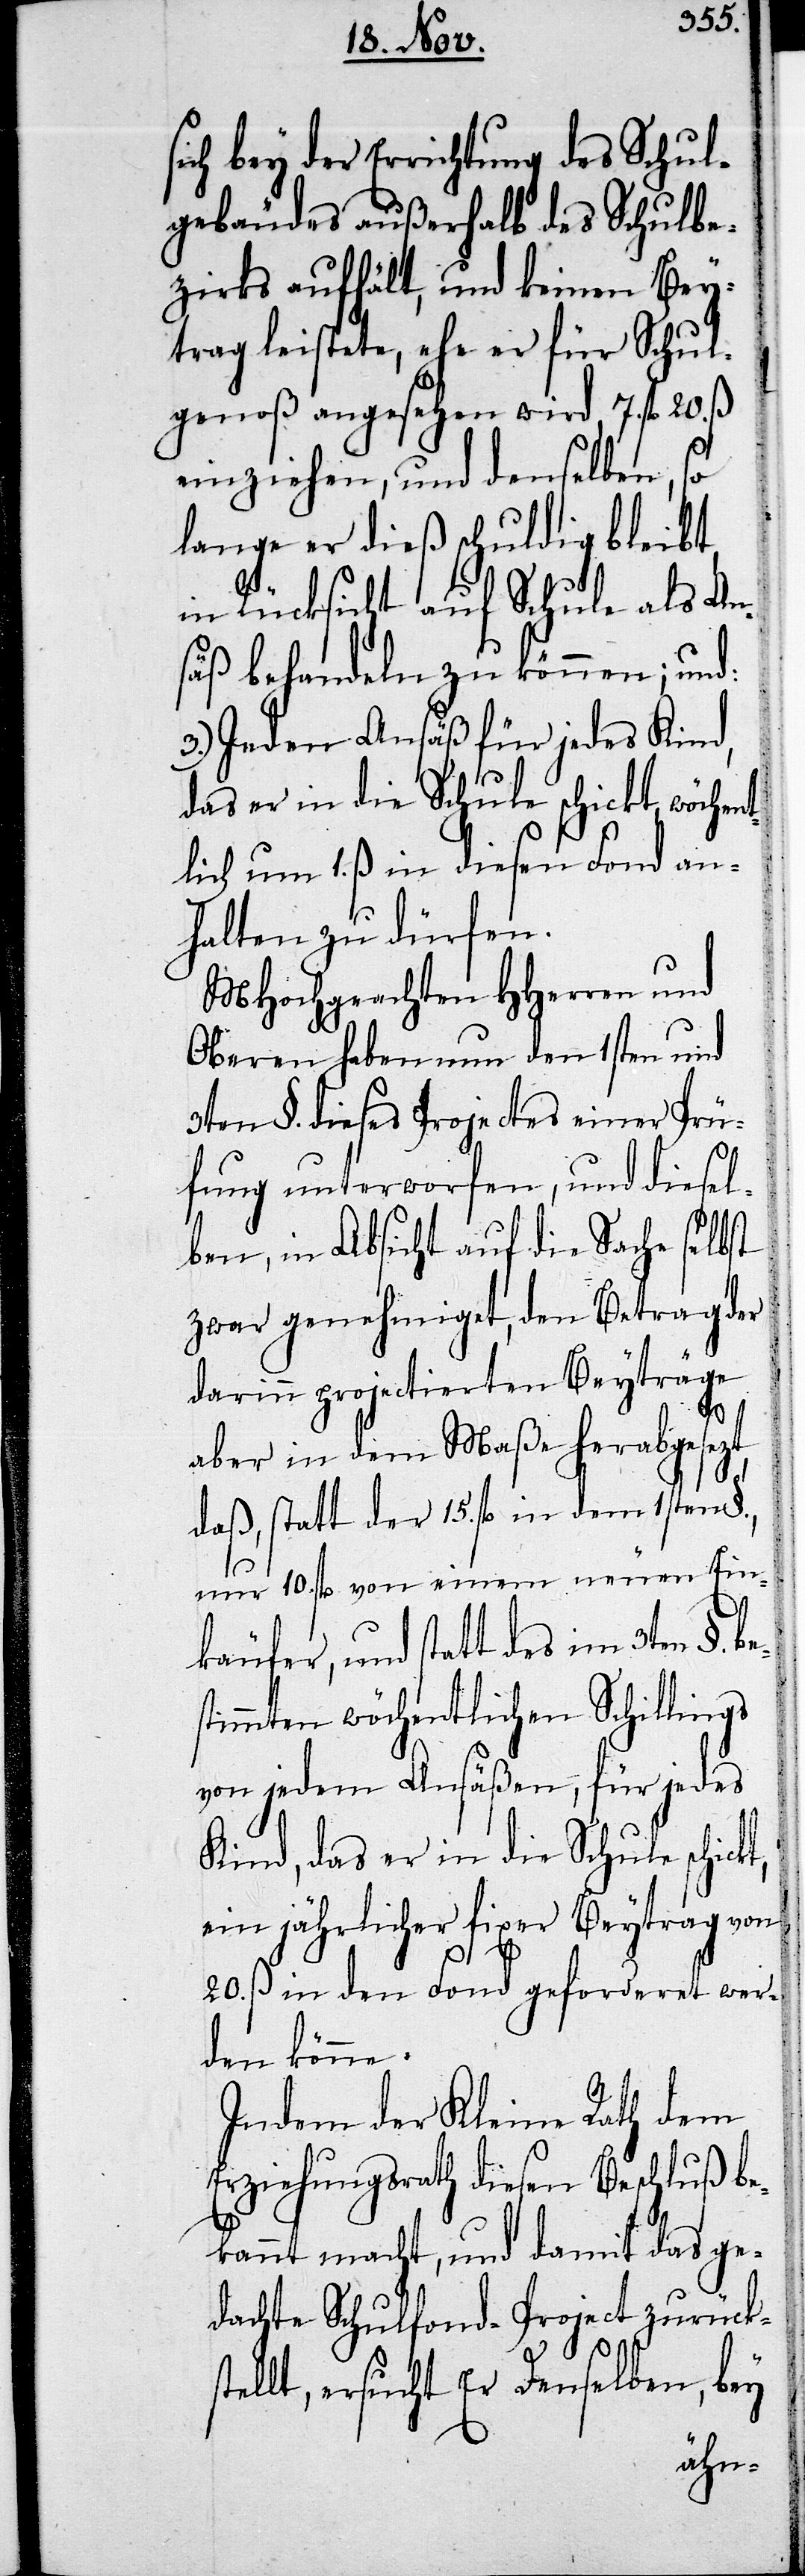
sich bey der Errichtung des Schul¬
gebäudes außerhalb des Schulbe¬
zirks aufhält, und keinen Bey¬
trag leistete, ehe er für Schul¬
genoß angesehen wird, 7. fl.
einziehen, und denselben, so
lange er dieß schuldig bleibt,
in Rücksicht auf Schule als An¬
säß behandeln zu können; und:
3.) Jeden Ansäß für jedes Kind,
das er in die Schule schickt, wöchen¬
tlich um 1. ß in diesen Fond an¬
halten zu dürfen.
MHochgeachten HHerren und
Oberen haben nun den 1sten und
3ten §. dieses Projectes einer Prü¬
fung unterworfen, und diesel¬
ben, in Absicht auf die Sache selbst
zwar genehmiget, den Betrag der
darinn projectierten Beyträge
aber in dem Maße herabgesezt,
daß, statt der 15. fl. in dem 1sten §.,
nur 10. fl. von einem neuen Ein¬
käufer, und statt des im 3ten §.
stimmten wöchentlichen Schillings
von jedem Ansäßen, für jedes
Kind, das er in die Schule schickt,
ein jährlicher fixer Beytrag von
20. ß in den Fond geforderet wer¬
den könne.
Indem der Kleine Rath dem
Erziehungsrath diesen Beschluß be¬
be¬
kannt macht, und damit das ge¬
dachte Schulfonds-Project zurücks¬
tellt, ersucht Er Denselben, bey